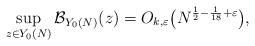
LaTeX: \begin{align*} \sup_{z\in Y_{0}(N)}\mathcal{B}_{Y_{0}(N)}(z)=O_{k,\varepsilon}\big(N^{\frac{1}{2}-\frac{1}{18}+\varepsilon}\big),\end{align*}